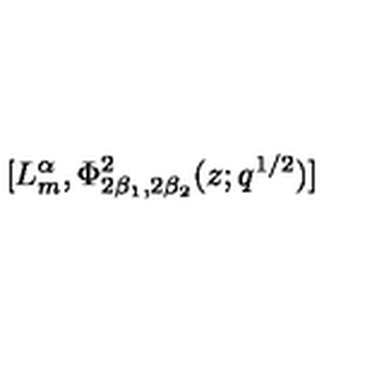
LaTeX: [ L _ { m } ^ { \alpha } , \Phi _ { 2 \beta _ { 1 } , 2 \beta _ { 2 } } ^ { 2 } ( z ; q ^ { 1 / 2 } ) ] \